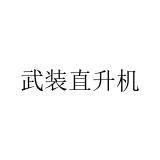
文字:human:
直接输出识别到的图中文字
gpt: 武装直升机